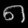
Digit: ၈